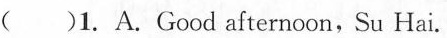
( )1. A.Good afternoon,Su Hai.